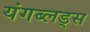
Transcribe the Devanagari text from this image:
यंगब्लड्स